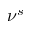
\nu ^ { s }